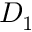
D _ { 1 }